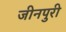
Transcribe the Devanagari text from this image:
जीनपुरी